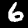
Digit: 6